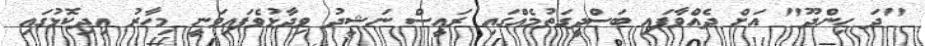
"ދަ ހިންދޫ" އަށް ދެއްވާފައި ބަސްދީގަތުމެއްގައި ރައީސް ނަޝީދު ވިދާޅުވެފައިވަނީ މިހާރު އިދިކޮޅުގައި